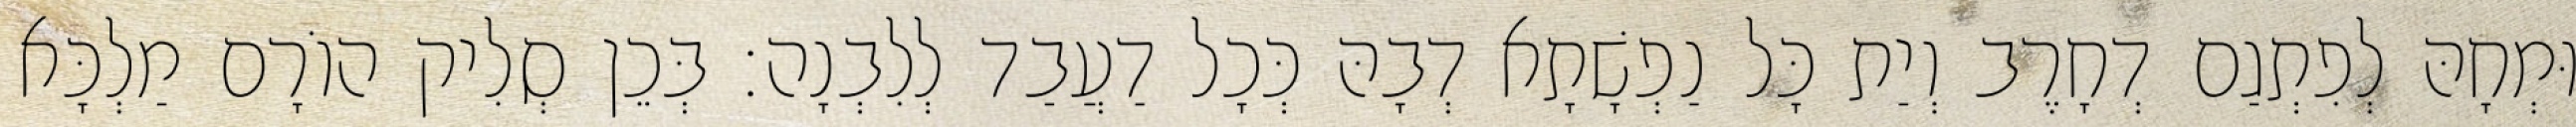
וּמְחָהּ לְפִתְגַם דְחָרֶב וְיַת כָּל נַפְשָׁתָא דְבָהּ כְּכָל דַעֲבַד לְלִבְנָה׃ בְּכֵן סְלִיק הוֹרָם מַלְכָּא